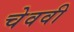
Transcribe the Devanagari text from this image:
चेववी